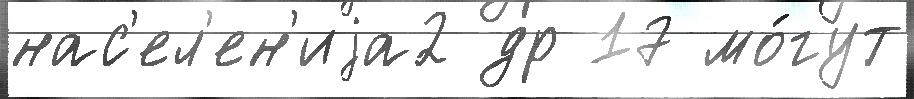
нас'ел'ен'иjа2 др 17 мо́гут